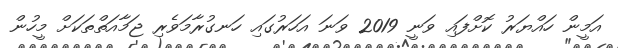
އަމީން ހައްޔަރު ކޮށްފައި ވަނީ 2019 ވަނަ އަހަރުގައި ހަނގުރާމަވެރި ޖަމާއަތްތަކަށް މީހުން